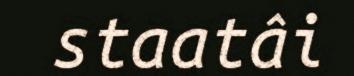
staatâi